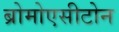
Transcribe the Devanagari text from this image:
ब्रोमोएसीटोन